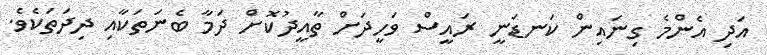
އަދި އެންމެ ގިނައިން ކަނޑަނީ ރައީސް ވަހީދަށް ތާއީދުކޮށް ދަމާ ބެނަތަކާއި ދިދަތަކެވެ.